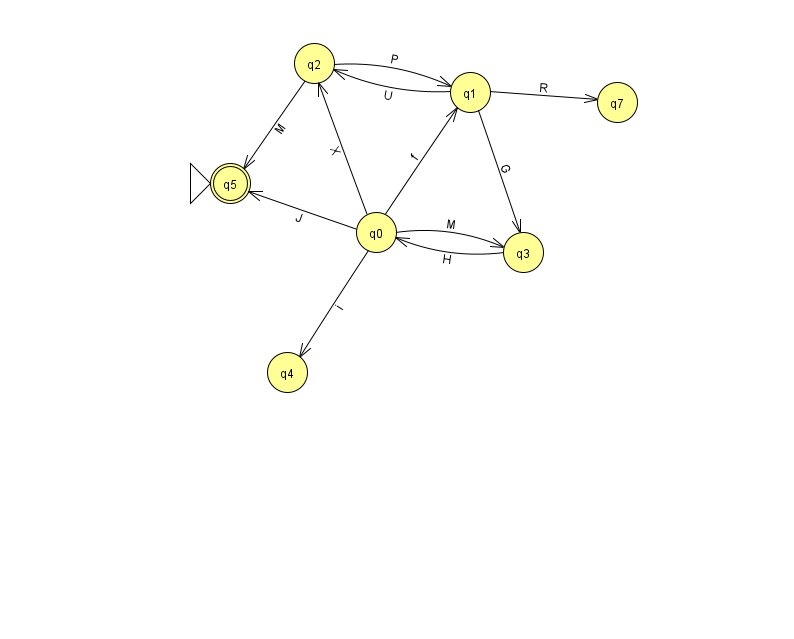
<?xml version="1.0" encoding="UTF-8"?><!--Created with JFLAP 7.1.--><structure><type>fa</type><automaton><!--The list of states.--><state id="0" name="q0"><x>376.0</x><y>219.0</y></state><state id="1" name="q1"><x>470.0</x><y>79.0</y></state><state id="2" name="q2"><x>314.0</x><y>50.0</y></state><state id="3" name="q3"><x>523.0</x><y>239.0</y></state><state id="4" name="q4"><x>287.0</x><y>359.0</y></state><state id="5" name="q5"><x>230.0</x><y>170.0</y><initial/><final/></state><state id="7" name="q7"><x>617.0</x><y>89.0</y></state><!--The list of transitions.--><transition><from>1</from><to>7</to><read>R</read></transition><transition><from>0</from><to>1</to><read>f</read></transition><transition><from>0</from><to>5</to><read>J</read></transition><transition><from>1</from><to>2</to><read>U</read></transition><transition><from>0</from><to>2</to><read>X</read></transition><transition><from>1</from><to>3</to><read>G</read></transition><transition><from>3</from><to>0</to><read>H</read></transition><transition><from>2</from><to>1</to><read>P</read></transition><transition><from>2</from><to>5</to><read>M</read></transition><transition><from>0</from><to>4</to><read>i</read></transition><transition><from>0</from><to>3</to><read>M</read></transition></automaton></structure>